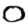
Digit: 0